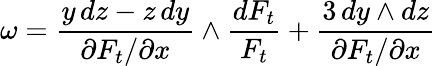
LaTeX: \omega={\frac{y\, dz-z\, dy}{\partial F_{t}/\partial x}}\wedge{\frac{dF_{t}}{F_{t}}}+{\frac{3\, dy\wedge dz}{\partial F_{t}/\partial x}}